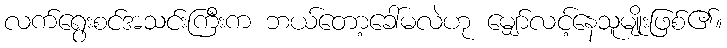
လက်ရွေးစင်အသင်းကြီးက ဘယ်တော့ခေါ်မလဲဟု မျှော်လင့်နေသူမျိုးဖြစ်၏။